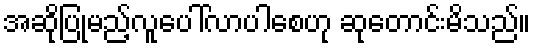
အဆိုပြုမည့်လူပေါ်လာပါစေဟု ဆုတောင်းမိသည်။